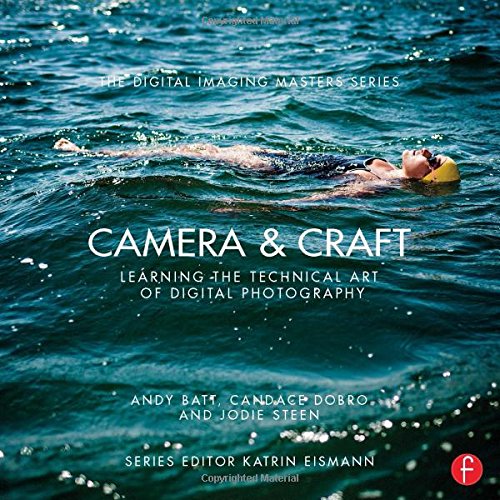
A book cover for Camera & Craft: Learning the Technical Art of Digital Photography: (The Digital Imaging Masters Series); Andy Batt; Arts & Photography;